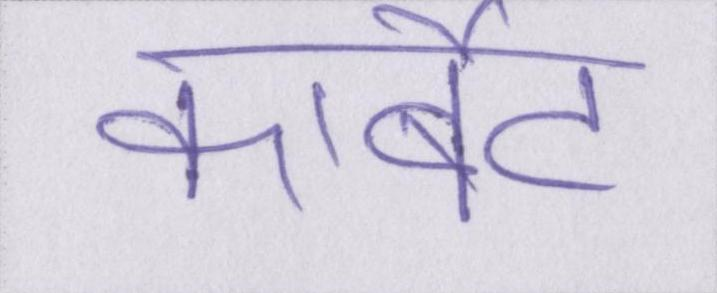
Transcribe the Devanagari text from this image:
कार्बेट